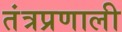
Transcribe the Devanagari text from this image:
तंत्रप्रणाली